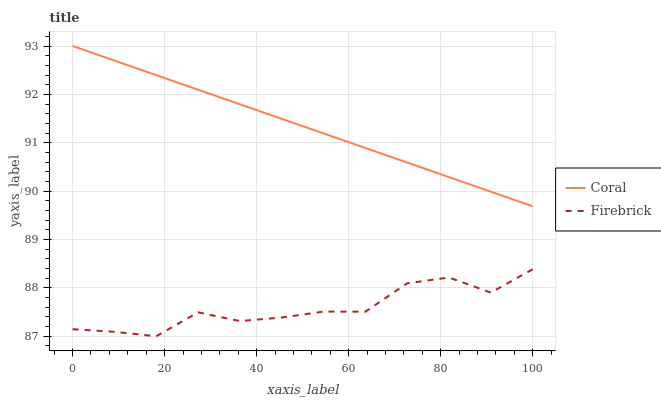
| xaxis_label | Coral | Firebrick |
 | --- | --- | --- |
 | 0 | 93 | 87.1 |
 | 9.09 | 92.7 | 87.1 |
 | 18.2 | 92.4 | 87 |
 | 27.3 | 92.1 | 87.5 |
 | 36.4 | 91.8 | 87.3 |
 | 45.5 | 91.5 | 87.4 |
 | 54.5 | 91.2 | 87.5 |
 | 63.6 | 90.9 | 87.5 |
 | 72.7 | 90.6 | 88.1 |
 | 81.8 | 90.3 | 88.2 |
 | 90.9 | 90 | 87.9 |
 | 100 | 89.7 | 88.4 |